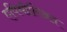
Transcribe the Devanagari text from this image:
एपिथीलिअल